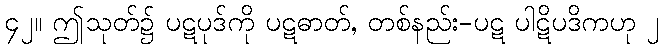
၄၂။ ဤသုတ်၌ ပဋပုဒ်ကို ပဋဓာတ်, တစ်နည်း-ပဋ ပါဋိပဒိကဟု ၂